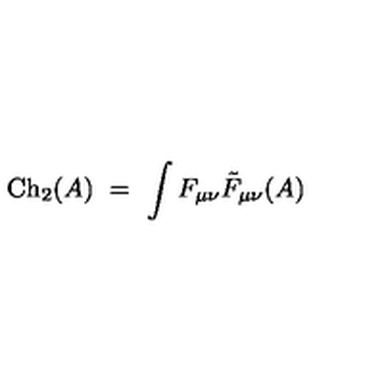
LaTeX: \mathrm { C h } _ { 2 } ( A ) \ = \ \int F _ { \mu \nu } { \tilde { F } } _ { \mu \nu } ( A )